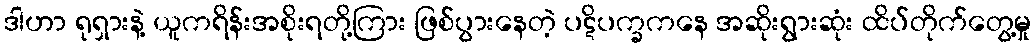
ဒါဟာ ရုရှားနဲ့ ယူကရိန်းအစိုးရတို့ကြား ဖြစ်ပွားနေတဲ့ ပဋိပက္ခကနေ အဆိုးရွားဆုံး ထိပ်တိုက်တွေ့မှု